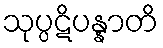
သုပ္ပဋိပန္နာတိ